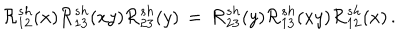
LaTeX: { \cal R } _ { 1 2 } ^ { s h } ( x ) { \cal R } _ { 1 3 } ^ { s h } ( x y ) { \cal R } _ { 2 3 } ^ { s h } ( y ) \, = \, { \cal R } _ { 2 3 } ^ { s h } ( y ) { \cal R } _ { 1 3 } ^ { s h } ( x y ) { \cal R } _ { 1 2 } ^ { s h } ( x ) \, .